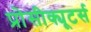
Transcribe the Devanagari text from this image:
प्रोसीक्यूटर्स